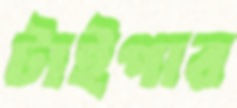
টাইপার